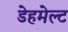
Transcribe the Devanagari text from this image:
डेहमेल्ट